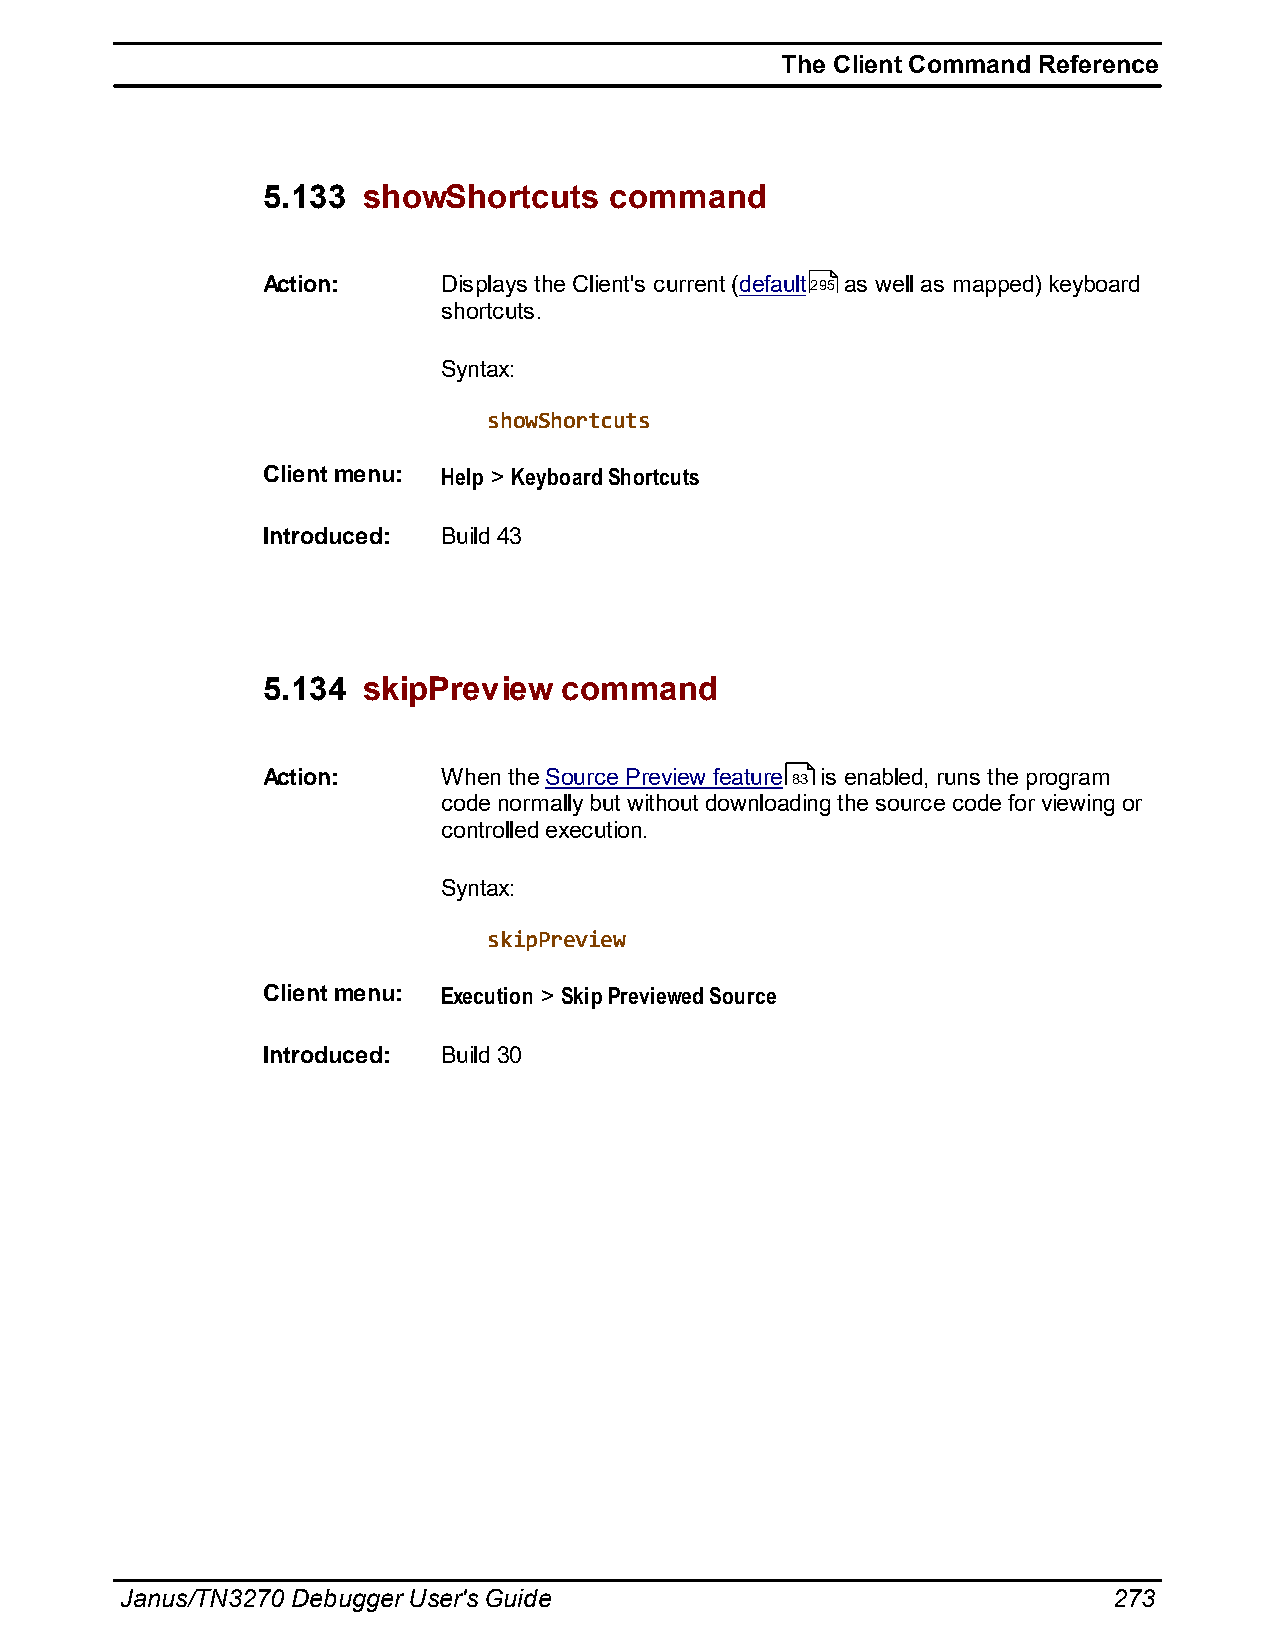
The Client Command Reference
 5.133  showShortcuts   command
 Action:     Displays the Client's current (default295 as well as mapped) keyboard
 shortcuts.
 Syntax:
 showShortcuts
 Client menu: Help > Keyboard Shortcuts
 Introduced: Build 43
 5.134  skipPreview  command
 Action:     When the Source Preview feature 83 is enabled, runs the program
 code normally but without downloading the source code for viewing or
 controlled execution.
 Syntax:
 skipPreview
 Client menu: Execution > Skip Previewed Source
 Introduced: Build 30
 Janus/TN3270 Debugger User's Guide                                273